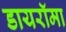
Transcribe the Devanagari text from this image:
डायरॉमा